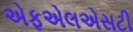
એફએલએસટી